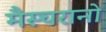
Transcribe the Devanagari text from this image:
मैस्चरानो